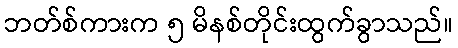
ဘတ်စ်ကားက ၅ မိနစ်တိုင်းထွက်ခွာသည်။